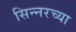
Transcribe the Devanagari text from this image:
सिन्नरच्या